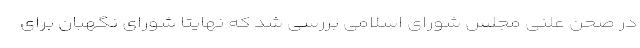
در صحن علنی مجلس شورای اسلامی بررسی شد که نهایتا شورای نگهبان برای